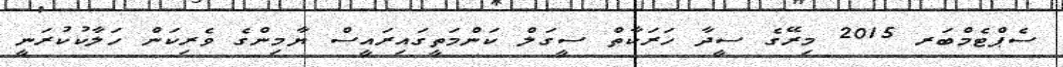
ސެޕްޓެމްބަރ 2015 މިރޭގެ ސީދާ ހަރަކާތް ސީގަލް ކަންމަތީގައިރައީސް ޔާމިންގެ ވެރިކަން ހަލާކުކުރަނީ